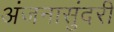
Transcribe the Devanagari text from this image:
अंजनासुंदरी